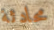
محادثة